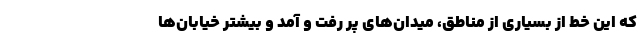
که این خط از بسیاری از مناطق، میدان‌های پر رفت و آمد و بیشتر خیابان‌ها